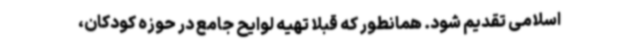
اسلامی تقدیم شود. همانطور که قبلا تهیه لوایح جامع در حوزه کودکان،